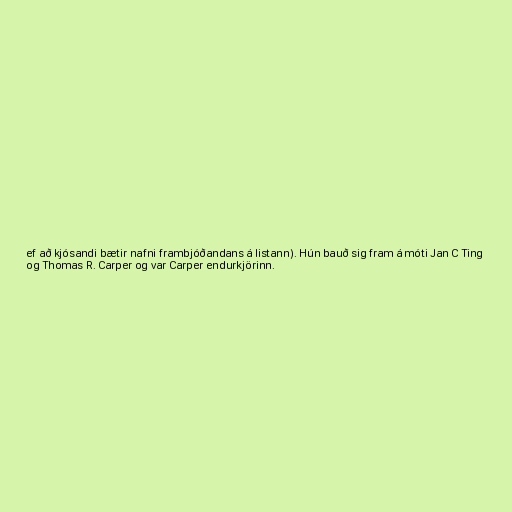
ef að kjósandi bætir nafni frambjóðandans á listann). Hún bauð sig fram á móti Jan C Ting
og Thomas R. Carper og var Carper endurkjörinn.